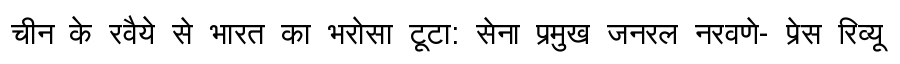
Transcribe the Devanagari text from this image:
चीन के रवैये से भारत का भरोसा टूटा: सेना प्रमुख जनरल नरवणे- प्रेस रिव्यू